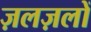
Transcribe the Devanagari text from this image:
ज़लज़लों